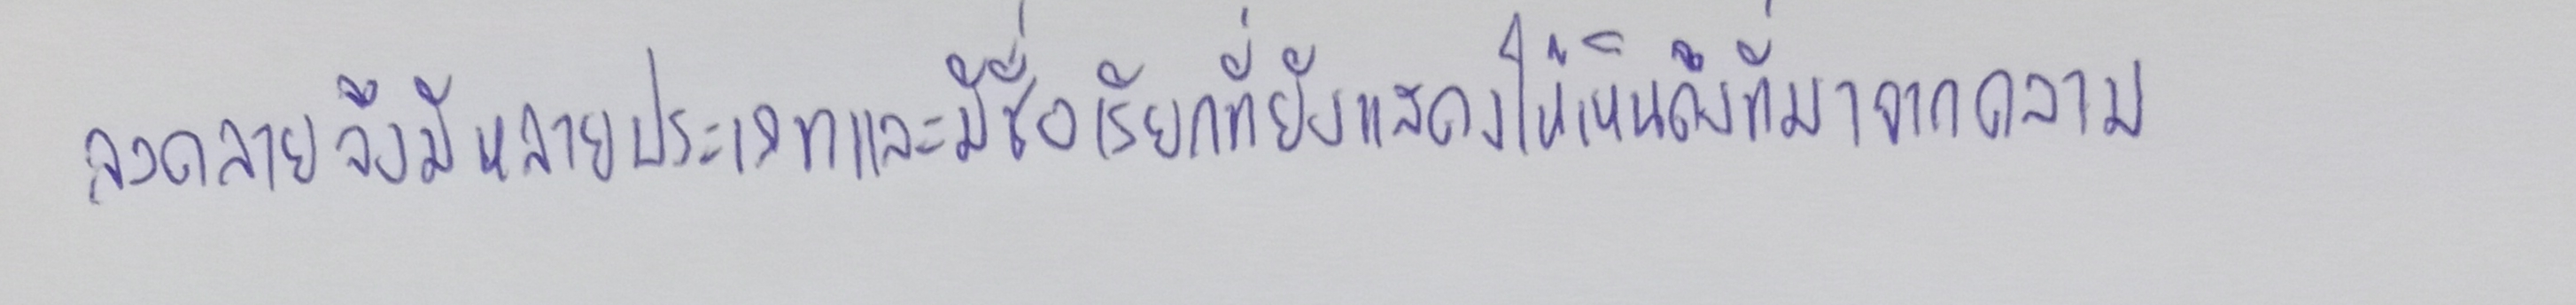
ลวดลายจึงมีหลายประเภทและมีชื่อเรียกที่ยังแสดงให้เห็นถึงที่มาจากความ